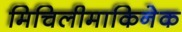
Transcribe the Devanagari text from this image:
मिचिलीमाकिनेक